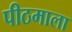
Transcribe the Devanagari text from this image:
पीठमाला